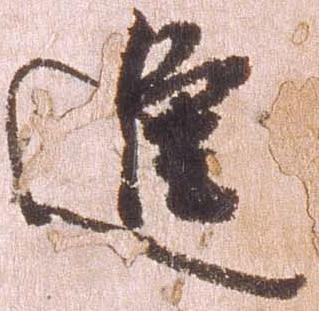
進